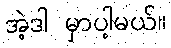
အဲ့ဒါ မှာပါ့မယ်။